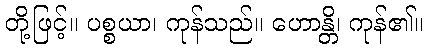
တို့ဖြင့်။ ပစ္စယာ၊ ကုန်သည်။ ဟောန္တိ၊ ကုန်၏။